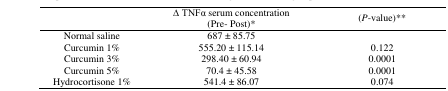
|  | ∆ TNFα serum concentration(Pre- Post)* | (P-value)** |
 | --- | --- | --- |
 | Normal saline | 687 ± 85.75 |  |
 | Curcumin 1% | 555.20 ± 115.14 | 0.122 |
 | Curcumin 3% | 298.40 ± 60.94 | 0.0001 |
 | Curcumin 5% | 70.4 ± 45.58 | 0.0001 |
 | Hydrocortisone 1% | 541.4 ± 86.07 | 0.074 |